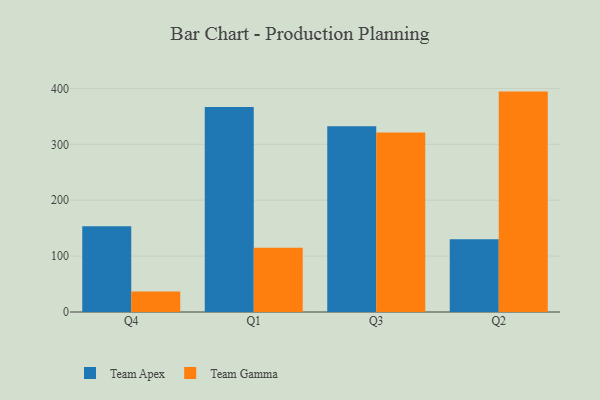
{"axis": {"x": "Quarter", "y": "Customer Acquisition Cost (USD)"}, "legend": ["Team Apex", "Team Gamma"], "data": [{"x": "Q4", "y": 153.2, "type": "Team Apex"}, {"x": "Q4", "y": 36.5, "type": "Team Gamma"}, {"x": "Q1", "y": 366.8, "type": "Team Apex"}, {"x": "Q1", "y": 114.8, "type": "Team Gamma"}, {"x": "Q3", "y": 332.4, "type": "Team Apex"}, {"x": "Q3", "y": 321.3, "type": "Team Gamma"}, {"x": "Q2", "y": 130.1, "type": "Team Apex"}, {"x": "Q2", "y": 394.3, "type": "Team Gamma"}]}